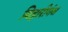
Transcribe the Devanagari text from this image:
बिहारीगंज